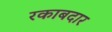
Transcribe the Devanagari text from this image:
रकाबदार